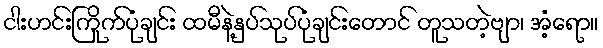
ငါးဟင်းကြိုက်ပုံချင်း ထမီနဲ့နှပ်သုပ်ပုံချင်းတောင် တူသတဲ့ဗျာ၊ အံ့ရော။